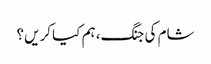
شام کی جنگ، ہم کیا کریں؟